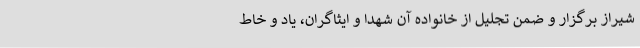
شیراز برگزار و ضمن تجلیل از خانواده آن شهدا و ایثاگران، یاد و خاط